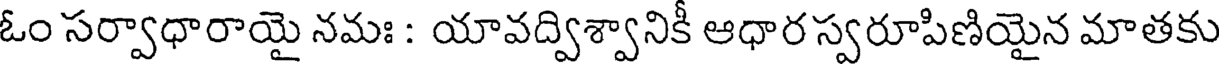
ఓం సర్వాధారాయై నమః : యావద్విశ్వానికీ ఆధారస్వరూపిణియైన మాతకు